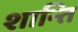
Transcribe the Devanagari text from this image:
शान्‍ति